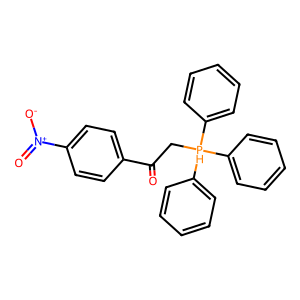
SMILES: O=C(C[PH](c1ccccc1)(c1ccccc1)c1ccccc1)c1ccc([N+](=O)[O-])cc1
Inhibits HIV replication: No